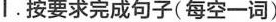
I.按要求完成句子( 每空一词)